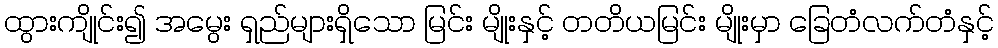
ထွားကျိုင်း၍ အမွေး ရှည်များရှိသော မြင်း မျိုးနှင့် တတိယမြင်း မျိုးမှာ ခြေတံလက်တံနှင့်